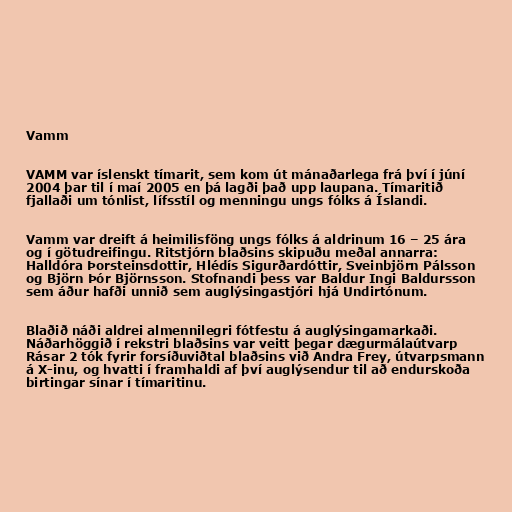
Vamm

VAMM var íslenskt tímarit, sem kom út mánaðarlega frá því í júní
2004 þar til í maí 2005 en þá lagði það upp laupana. Tímaritið
fjallaði um tónlist, lífsstíl og menningu ungs fólks á Íslandi.

Vamm var dreift á heimilisföng ungs fólks á aldrinum 16 – 25 ára
og í götudreifingu. Ritstjórn blaðsins skipuðu meðal annarra:
Halldóra Þorsteinsdottir, Hlédís Sigurðardóttir, Sveinbjörn Pálsson
og Björn Þór Björnsson. Stofnandi þess var Baldur Ingi Baldursson
sem áður hafði unnið sem auglýsingastjóri hjá Undirtónum.

Blaðið náði aldrei almennilegri fótfestu á auglýsingamarkaði.
Náðarhöggið í rekstri blaðsins var veitt þegar dægurmálaútvarp
Rásar 2 tók fyrir forsíðuviðtal blaðsins við Andra Frey, útvarpsmann
á X-inu, og hvatti í framhaldi af því auglýsendur til að endurskoða
birtingar sínar í tímaritinu.